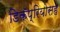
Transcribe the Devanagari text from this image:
डिकॅप्रियोसह